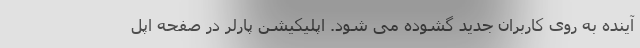
آینده به روی کاربران جدید گشوده می شود. اپلیکیشن پارلر در صفحه اپل